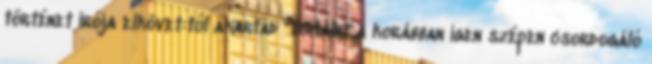
történet írója elkövet:túl akartad "licitálni",a korábban igen szépen csordogáló